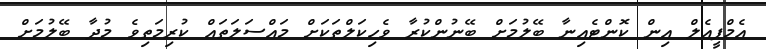
އެމްޕީއެލް އިން ކޮންޓެއިނާ ބޭލުމަށް ބޭނުންކުރާ ވެހިކަލްތަކަށް މައްސަލަތައް ކުރިމަތިވެ މުދާ ބޭލުމަށް